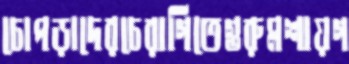
চোপড়াদেরচেরাগিতেগুরুমশায়গ